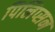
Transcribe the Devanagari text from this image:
पिलिप्सन